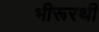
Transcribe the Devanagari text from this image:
भीरूरथी